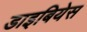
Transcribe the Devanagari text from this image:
डाइबियेस